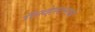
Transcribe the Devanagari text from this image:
गॅल्व्हेस्टनध्ये